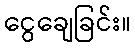
ငွေချေခြင်း။